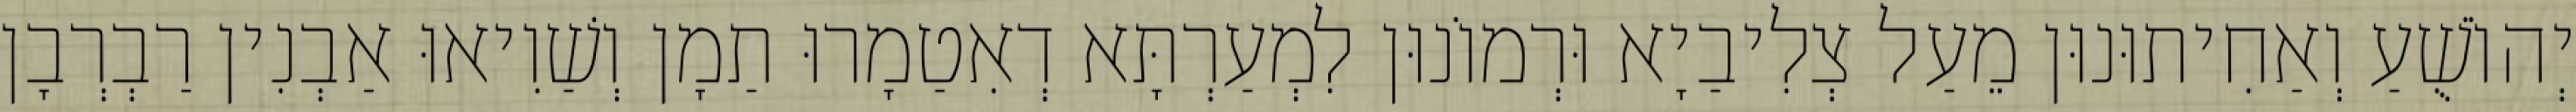
יְהוֹשֻׁעַ וְאַחִיתוּנוּן מֵעַל צְלִיבַיָא וּרְמוֹנוּן לִמְעַרְתָּא דְאִטַמָרוּ תַמָן וְשַׁוִיאוּ אַבְנִין רַבְרְבָן